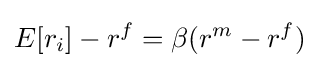
E[r_{i}]-r^{f}=\beta (r^{m}-r^{f})